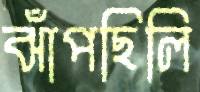
ঝাঁপছিলি